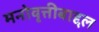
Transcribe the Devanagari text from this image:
मनोवृत्तीबाद्दल